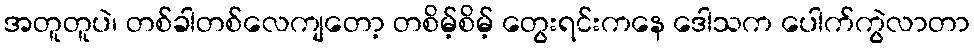
အတူတူပဲ၊ တစ်ခါတစ်လေကျတော့ တစိမ့်စိမ့် တွေးရင်းကနေ ဒေါသက ပေါက်ကွဲလာတာ